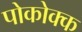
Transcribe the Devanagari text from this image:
पोकोक्क